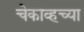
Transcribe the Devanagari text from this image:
चेकाव्हच्या